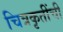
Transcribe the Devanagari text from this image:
चित्रकृतींची